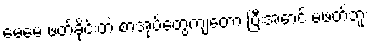
မေမေ ဖတ်ခိုင်းတဲ့ စာအုပ်တွေကျတော့ ပြီးအောင် မဖတ်ဘူး